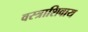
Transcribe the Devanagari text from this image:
वस्त्राशिवाय